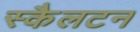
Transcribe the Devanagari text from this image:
स्कैलटन